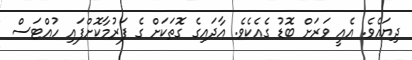
ދިޔައެވެ. އެއީ ވަރަށް ބޮޑު ގެއެކެވެ. އާދައިގެ ގޮތަކަށް ގެ ފަރުމާކޮށްފައި ހުއްޓަސް